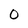
Character: 0